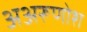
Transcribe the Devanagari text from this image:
अअरूणोश